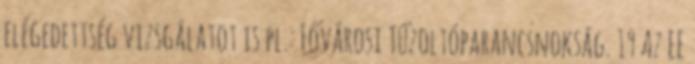
elégedettség vizsgálatot is pl.: Fővárosi Tűzoltóparancsnokság. 19 Az EE